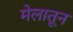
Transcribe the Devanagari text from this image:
मेलातून